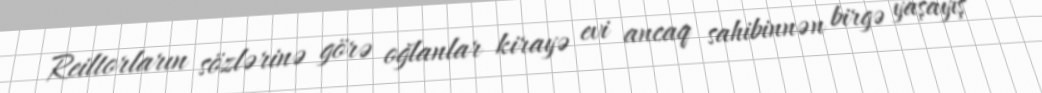
Reiltorların sözlərinə görə oğlanlar kirayə evi ancaq sahibinnən birgə yaşayış